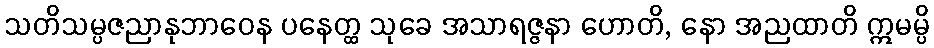
သတိသမ္ပဇညာနုဘာဝေန ပနေတ္ထ သုခေ အသာရဇ္ဇနာ ဟောတိ, နော အညထာတိ ဣမမ္ပိ